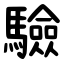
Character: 驗